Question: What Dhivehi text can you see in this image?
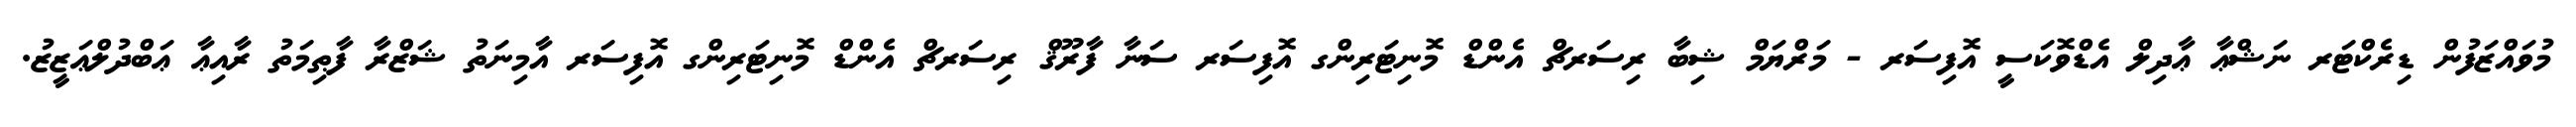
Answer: މުވައްޒަފުން ޑިރެކްޓަރ ނަޝްޢާ ޢާދިލް އެޑްވޮކަސީ އޮފިސަރ - މަރްޔަމް ޝިބާ ރިސަރޗް އެންޑް މޮނިޓަރިންގ އޮފިސަރ ސަނާ ފާރޫޤް ރިސަރޗް އެންޑް މޮނިޓަރިންގ އޮފިސަރ އާމިނަތު ޝަޒްރާ ފާޠިމަތު ރާއިޢާ ޢަބްދުލްޢަޒީޒު.